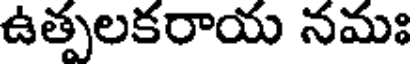
ఉత్పలకరాయ నమః